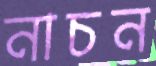
নাচন